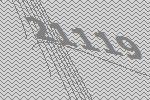
21119